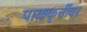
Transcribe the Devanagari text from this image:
पाककृतींवर